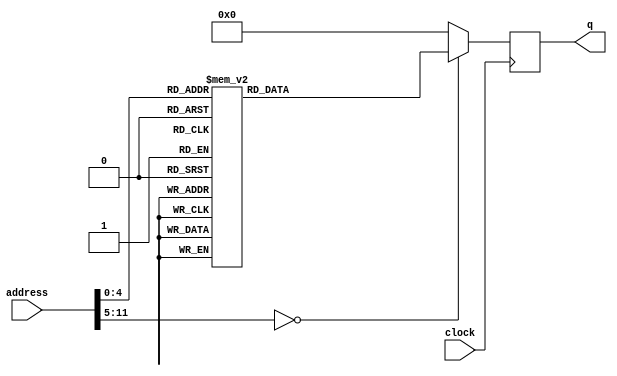
module rom(
input clock,
input [11:0]address,
output reg [31:0]q
);

always @ (posedge clock)begin
	/*case(address)
	12'h000    :   q<=32'b00000000000000001110001100110111;
	12'h001    :   q<=32'b00000000100000110000001100010011;
	12'h002    :   q<=32'b00000000000000000001001110110111;
	12'h003    :   q<=32'b00000000011100110010000000100011;
	12'h004    :   q<=32'b00000000000000000000001110110111;
	12'h005    :   q<=32'b11111111000000111000001110010011;
	12'h006    :   q<=32'b00110000010100111001000001110011;
	12'h007    :   q<=32'b00110000000001000110000001110011; 
	12'h008	   :   q<=32'b00001000000000000000001100010011;
	12'h009	   :   q<=32'b00110000010000110010000001110011;
	12'h00a    :   q<=32'b00000000000000000000000000010011;
        12'h00b    :   q<=32'b11111110000000000000111101100011;
	default   :   q<=32'b0; 
endcase
*/

	case(address)
	12'h000	:	q<=32'b11111111110000000000001100010011;
	12'h001 :	q<=32'b00000000000000000000001110010011;
	12'h002	:	q<=32'b00000000011100110000000110100011;
	12'h003 :	q<=32'b00000001110000000000010000010011;
	12'h004 :	q<=32'b00000000100000110000000010100011;
	12'h005 : 	q<=32'b00000000000100000000001110010011;
	12'h006 : 	q<=32'b00000000011100110000000000100011;
	12'h007 :	q<=32'b00000001100000000000010000010011;
	12'h008 : 	q<=32'b00000000100000110000000010100011;
	12'h009 : 	q<=32'b00000001110100000000010000010011;
	12'h00a :	q<=32'b00000000100000110000000010100011;
	12'h00b :	q<=32'b00000110000100000000001110010011;
	12'h00c : 	q<=32'b00000000011100110000000000100011;
	12'h00d : 	q<=32'b00000001100100000000010000010011;
	12'h00e :	q<=32'b00000000100000110000000010100011;
	12'h00f :	q<=32'b00000001110100000000010000010011;
	12'h010:	q<=32'b00000000100000110000000010100011;
	default:	q<=32'b0;
endcase

end

endmodule